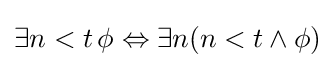
\exists n<t\,\phi \Leftrightarrow \exists n(n<t\land \phi )